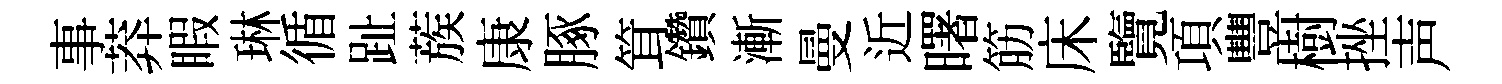
事莽睱琳循趾蔟康䐁䇯鑽漸曼近曙筋床覽項豐樹挫声